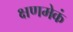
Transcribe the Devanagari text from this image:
क्षणमेकं